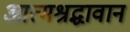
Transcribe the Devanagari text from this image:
आत्मश्रद्धावान